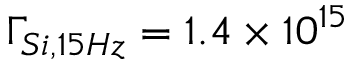
\Gamma _ { S i , 1 5 H z } = 1 . 4 \times 1 0 ^ { 1 5 }